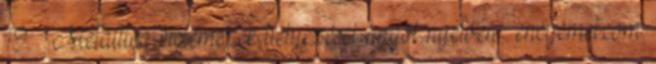
19. ↑ Metallica kislemezek helyezései angol nyelven . encycmet.com.